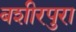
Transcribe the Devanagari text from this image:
बशीरपुरा